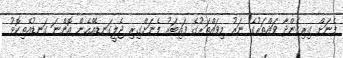
ފެނަށް ގިރިގެންދާ ވައްތަރުގެ ނަރު މިވައްތަރުގެ ފައިބަރު ފެނަށްގިރި ޖެލީގަނޑެއްހެން އޮންނަ ގަނޑުއެތިކޮޅު